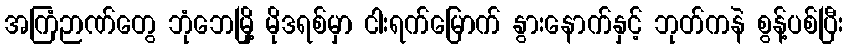
အကြံဉာဏ်တွေ ဘုံဘေမြို့ မိုဒရစ်မှာ ငါးရက်မြောက် နွားနောက်နှင့် ဘုတ်ကနဲ စွန့်ပစ်ပြီး